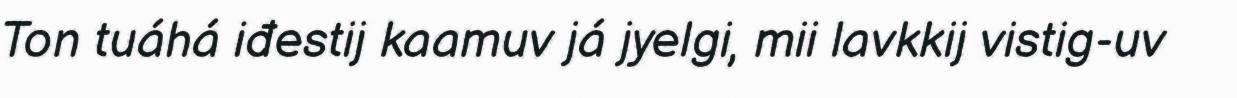
Ton tuáhá iđestij kaamuv já jyelgi, mii lavkkij vistig-uv